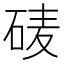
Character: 𰦽